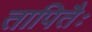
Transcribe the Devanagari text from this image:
तापितैः